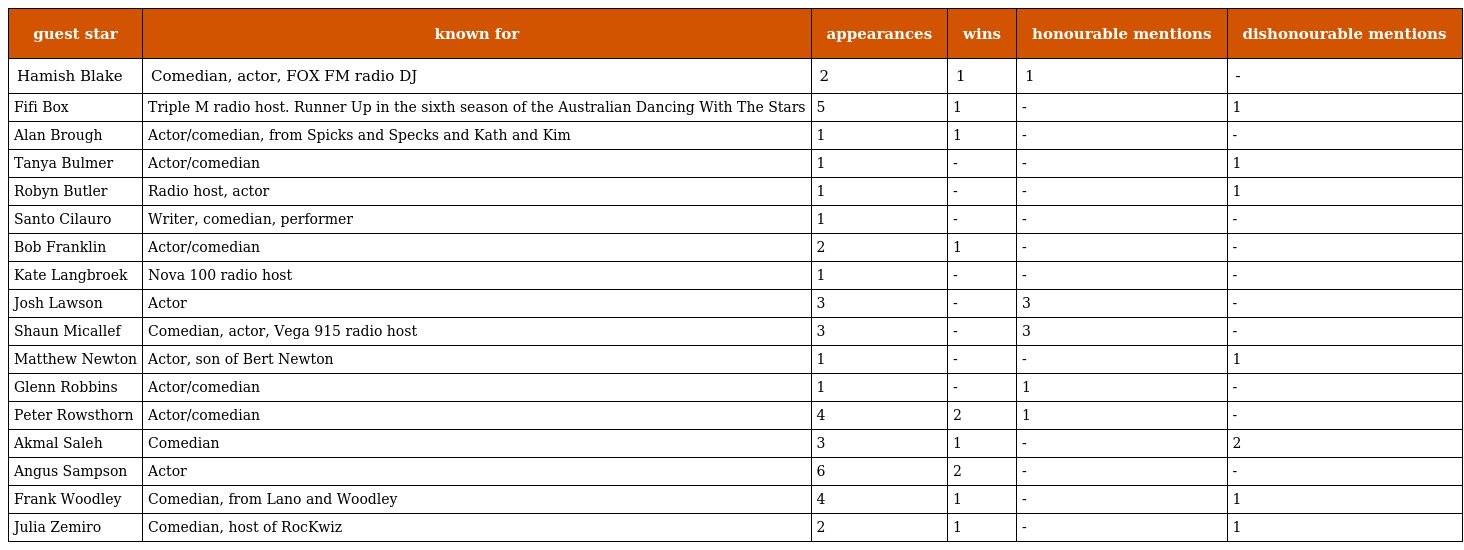
| guest star | known for | appearances | wins | honourable mentions | dishonourable mentions |
 | --- | --- | --- | --- | --- | --- |
 | Hamish Blake | Comedian, actor, FOX FM radio DJ | 2 | 1 | 1 | - |
 | Fifi Box | Triple M radio host. Runner Up in the sixth season of the Australian Dancing With The Stars | 5 | 1 | - | 1 |
 | Alan Brough | Actor/comedian, from Spicks and Specks and Kath and Kim | 1 | 1 | - | - |
 | Tanya Bulmer | Actor/comedian | 1 | - | - | 1 |
 | Robyn Butler | Radio host, actor | 1 | - | - | 1 |
 | Santo Cilauro | Writer, comedian, performer | 1 | - | - | - |
 | Bob Franklin | Actor/comedian | 2 | 1 | - | - |
 | Kate Langbroek | Nova 100 radio host | 1 | - | - | - |
 | Josh Lawson | Actor | 3 | - | 3 | - |
 | Shaun Micallef | Comedian, actor, Vega 915 radio host | 3 | - | 3 | - |
 | Matthew Newton | Actor, son of Bert Newton | 1 | - | - | 1 |
 | Glenn Robbins | Actor/comedian | 1 | - | 1 | - |
 | Peter Rowsthorn | Actor/comedian | 4 | 2 | 1 | - |
 | Akmal Saleh | Comedian | 3 | 1 | - | 2 |
 | Angus Sampson | Actor | 6 | 2 | - | - |
 | Frank Woodley | Comedian, from Lano and Woodley | 4 | 1 | - | 1 |
 | Julia Zemiro | Comedian, host of RocKwiz | 2 | 1 | - | 1 |